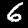
Digit: 6